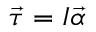
{ \vec { \tau } } = I { \vec { \alpha } }